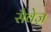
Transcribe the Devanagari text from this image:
सैवेज़